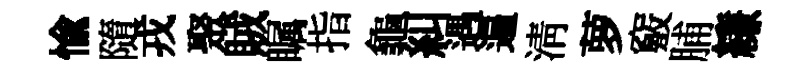
愉隨戎聚賊瞩指龜糾遇遍淸萝竅脯縑